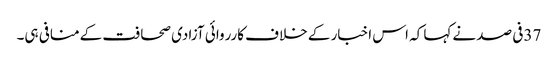
37فی صد نےکہا کہ اس اخبار کے خلاف کارروائی آزادی صحافت کےمنافی ہی۔